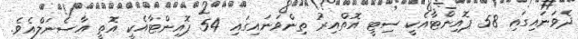
ދެވަނައިގައި 58 ޕޮއިންޓާއެކީ ސިޓީ އޮތްއިރު ތިންވަނައިގައި 54 ޕޮއިންޓާއެކީ އޮތީ އާސެނަލްއެވެ.